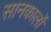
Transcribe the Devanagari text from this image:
सानकार्लो